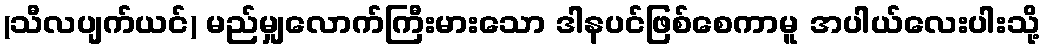
(သီလပျက်ယင်) မည်မျှလောက်ကြီးမားသော ဒါနပင်ဖြစ်စေကာမူ အပါယ်လေးပါးသို့